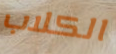
الكلاب